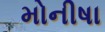
મોનીષા